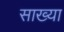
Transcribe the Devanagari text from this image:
साख्या